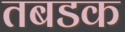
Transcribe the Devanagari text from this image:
तबडक